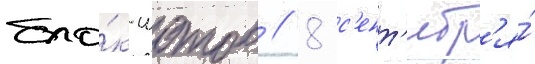
бло́к-шотов // 8 с'ент'ябр'я́